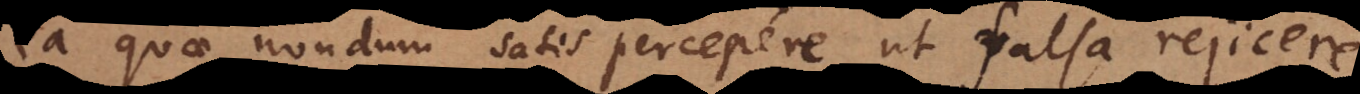
ea quae nondum satis percepere ut falsa rejicer